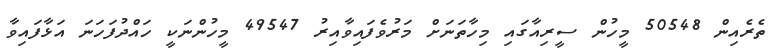
ތެރެއިން 50548 މީހުން ސީރިއާގައި މިހާތަނަށް މަރުވެފައިވާއިރު 49547 މީހުންނަކީ ހައްދުފަހަނަ އަޅާފައިވާ